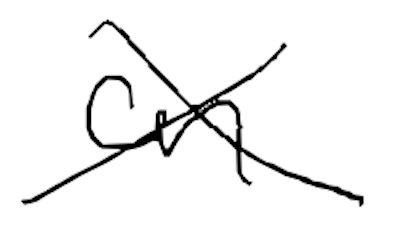
Text: on
Cross-out: cross
Writing tool: digital_black